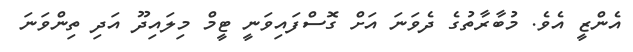
އެންޒީ އެވެ. މުބާރާތުގެ ދެވަނަ އަށް ގޮސްފައިވަނީ ޓީމް މިލައިދޫ އަދި ތިންވަނަ